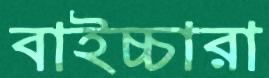
বাইচ্চারা